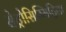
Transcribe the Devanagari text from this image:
सेट्रोसिम्मिट्रिक